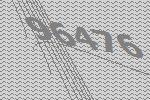
96476